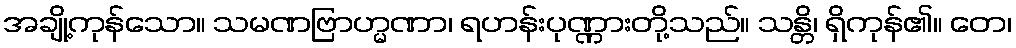
အချို့ကုန်သော။ သမဏဗြာဟ္မဏာ၊ ရဟန်းပုဏ္ဏားတို့သည်။ သန္တိ၊ ရှိကုန်၏။ တေ၊